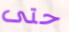
حتى